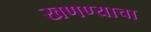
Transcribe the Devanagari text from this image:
खणण्याचा